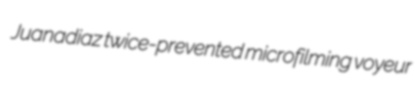
Juanadiaz twice-prevented microfilming voyeur